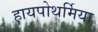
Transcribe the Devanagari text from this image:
हायपोथर्मिया